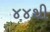
૪૪થી